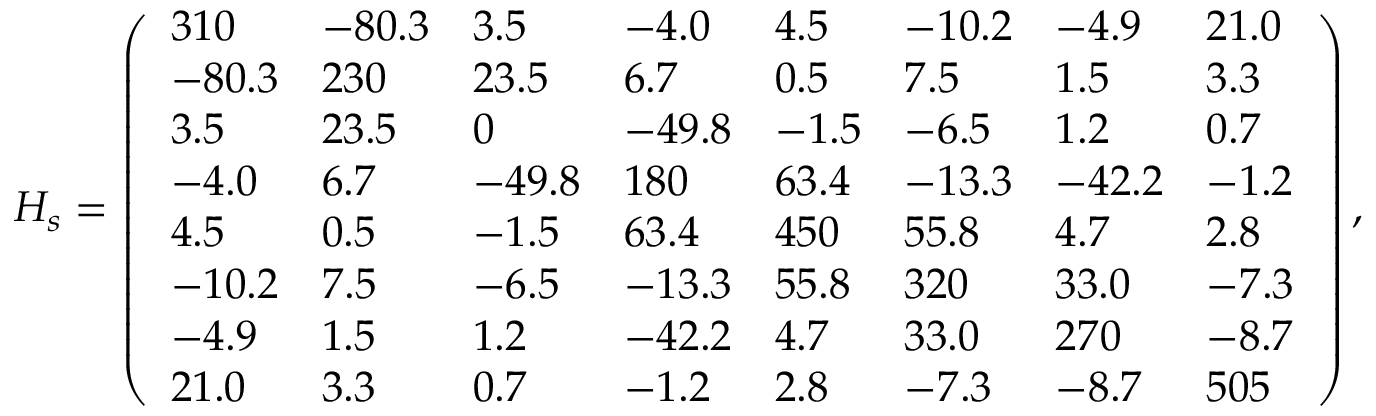
H _ { s } = \left( \begin{array} { l l l l l l l l } { 3 1 0 } & { - 8 0 . 3 } & { 3 . 5 } & { - 4 . 0 } & { 4 . 5 } & { - 1 0 . 2 } & { - 4 . 9 } & { 2 1 . 0 } \\ { - 8 0 . 3 } & { 2 3 0 } & { 2 3 . 5 } & { 6 . 7 } & { 0 . 5 } & { 7 . 5 } & { 1 . 5 } & { 3 . 3 } \\ { 3 . 5 } & { 2 3 . 5 } & { 0 } & { - 4 9 . 8 } & { - 1 . 5 } & { - 6 . 5 } & { 1 . 2 } & { 0 . 7 } \\ { - 4 . 0 } & { 6 . 7 } & { - 4 9 . 8 } & { 1 8 0 } & { 6 3 . 4 } & { - 1 3 . 3 } & { - 4 2 . 2 } & { - 1 . 2 } \\ { 4 . 5 } & { 0 . 5 } & { - 1 . 5 } & { 6 3 . 4 } & { 4 5 0 } & { 5 5 . 8 } & { 4 . 7 } & { 2 . 8 } \\ { - 1 0 . 2 } & { 7 . 5 } & { - 6 . 5 } & { - 1 3 . 3 } & { 5 5 . 8 } & { 3 2 0 } & { 3 3 . 0 } & { - 7 . 3 } \\ { - 4 . 9 } & { 1 . 5 } & { 1 . 2 } & { - 4 2 . 2 } & { 4 . 7 } & { 3 3 . 0 } & { 2 7 0 } & { - 8 . 7 } \\ { 2 1 . 0 } & { 3 . 3 } & { 0 . 7 } & { - 1 . 2 } & { 2 . 8 } & { - 7 . 3 } & { - 8 . 7 } & { 5 0 5 } \end{array} \right) ,